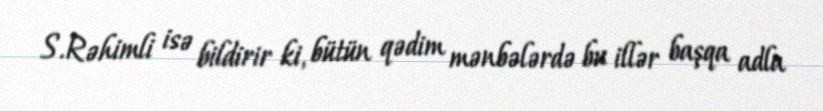
S.Rəhimli isə bildirir ki, bütün qədim mənbələrdə bu illər başqa adla